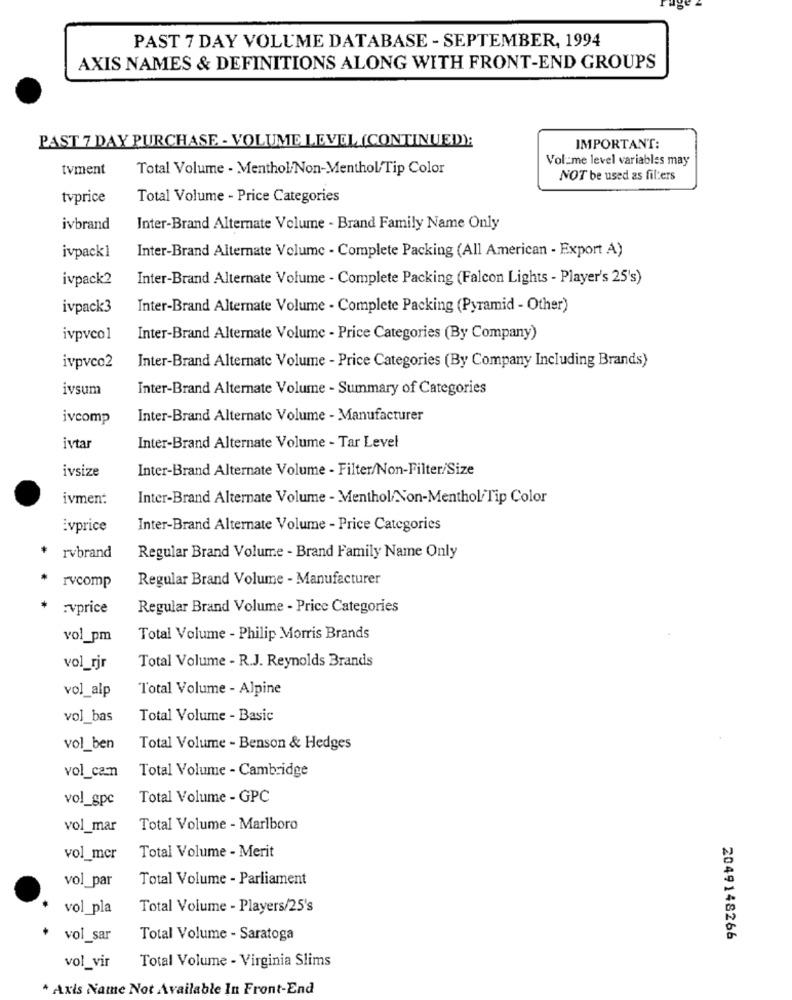
PAST 7 DAY VOLUME DATABASE - SEPTEMBER, 1994
AXIS NAMES & DEFINITIONS ALONG WITH FRONT-END GROUPS
PAST 7 DAY PURCHASE - VOLUME LEVEL (CONTINUED):
IMPORTANT:
Volume level variables may
tvment
Total Volume - Menthol/Non-MentholTip Color
NOT be used as filters
tvprice
Total Volume - Price Categories
ivbrand
Inter-Brand Alternate Volume - Brand Family Name Only
ivpack]
Inter-Brand Alternate Volume - Complete Packing (All American - Export A)
ivpack2
Inter-Brand Alternate Volume - Complete Packing (Falcon Lights - Player's 25's)
ivpack3
Inter-Brand Alternate Volume - Complete Packing (Pyramid - Other)
ivpvcol
Inter-Brand Alternate Volume - Price Categories (By Company)
ivpvco2
Inter-Brand Alternate Volume - Price Categories (By Company Including Brands)
ivsum
Inter-Brand Alternate Volume - Summary of Categories
ivcomp
Inter-Brand Alternate Volume - Manufacturer
ivtar
Inter-Brand Alternate Volume - Tar Level
ivsize
Inter-Brand Alternate Volume - Filter/Non-Filter/Size
ivment
Inter-Brand Alternate Volume - Menthol/Non-Menthol/Tip Color
Evprice
Inter-Brand Alternate Volume - Price Categories
rvbrand
Regular Brand Volume - Brand Family Name Only
rvcomp
Regular Brand Volume - Manufacturer
:vprice
Regular Brand Volume - Price Categories
vol_pm
Total Volume - Philip Morris Brands
Total Volume - R.J. Reynolds Brands
vol_rjr
vol_alp
Total Volume - Alpine
vol_bas
Total Volume - Basic
vol_ben
Total Volume - Benson & Hedges
Total Volume - Cambridge
vol_cam
vol_gpc
Total Volume - GPC
vol_mar
Total Volume - Marlboro
vol_mer
Total Volume - Merit
vol_par
Total Volume - Parliament
vol_pla
Total Volume - Players/25's
vol_sar
Total Volume - Saratoga
2049148266
Total Volume - Virginia Slims
vol_vir
* Axis Name Not Available In Front-End